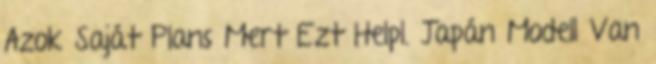
Azok Saját Plans Mert Ezt Helpl. Japán Modell Van